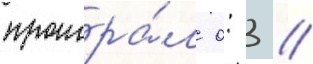
проигра́л 0: 3 //